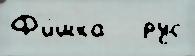
Ф'и́шка   рус